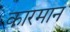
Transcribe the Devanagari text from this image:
कारमान